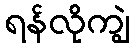
ရန်လိုကျွဲ